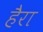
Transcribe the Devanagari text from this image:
हैरा